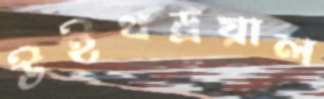
উইথড্রয়াল